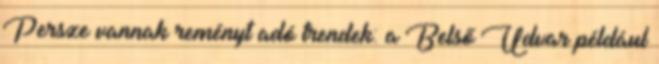
Persze vannak reményt adó trendek: a Belső Udvar például